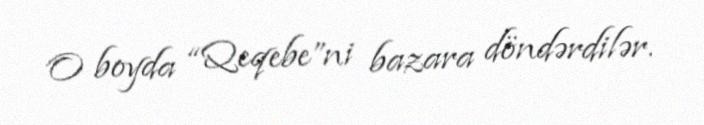
O boyda “Qeqebe”ni bazara döndərdilər.